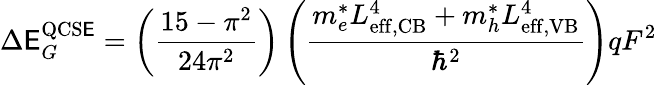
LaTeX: \Delta\mathsf{E}_{G}^{\mathrm{{QCS\mathsf{E}}}}=\left({\frac{{15-\pi^{2}}}{{24\pi^{2}}}}\right)\left({\frac{{m_{e}^{*}L_{\mathrm{{eff,CB}}}^{4}+m_{h}^{*}L_{\mathrm{{eff,VB}}}^{4}}}{{\hbar^{2}}}}\right)qF^{2}